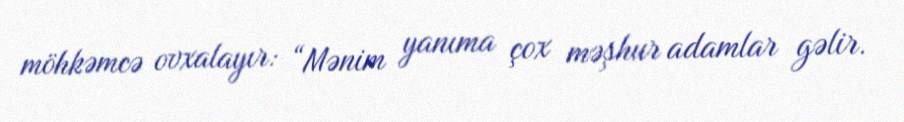
möhkəmcə ovxalayır: “Mənim yanıma çox məşhur adamlar gəlir.